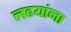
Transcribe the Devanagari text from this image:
लढयांना